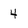
Character: 4